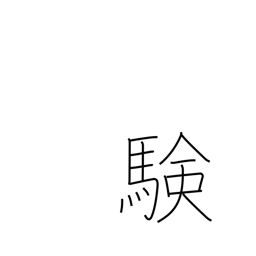
Meaning: verification